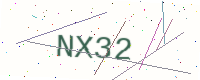
Text: NX32